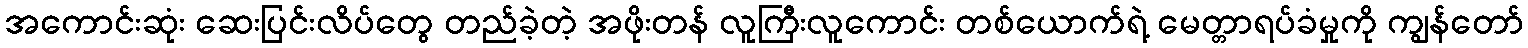
အကောင်းဆုံး ဆေးပြင်းလိပ်တွေ တည်ခဲ့တဲ့ အဖိုးတန် လူကြီးလူကောင်း တစ်ယောက်ရဲ့ မေတ္တာရပ်ခံမှုကို ကျွန်တော်